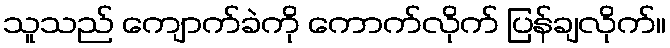
သူသည် ကျောက်ခဲကို ကောက်လိုက် ပြန်ချလိုက်။